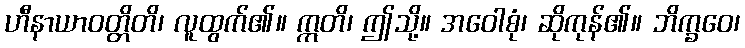
ဟီနာယာဝတ္တိတိ၊ လူထွက်၏။ ဣတိ၊ ဤသို့။ အဝေါစုံ၊ ဆိုကုန်၏။ ဘိက္ခဝေ၊